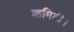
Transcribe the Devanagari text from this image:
कमिटी।